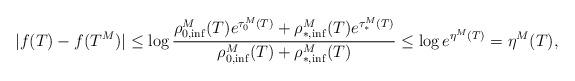
LaTeX: \begin{align*}|f(T) - f(T^M)| \le \log \frac{\rho_{0,\inf}^M(T)e^{\tau_0^M(T)} + \rho_{*,\inf}^M(T)e^{\tau_*^M(T)}}{\rho_{0,\inf}^M(T) + \rho_{*,\inf}^M(T) }\le \log e^{\eta^M(T)} = \eta^M(T),\end{align*}